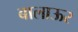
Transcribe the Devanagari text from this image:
बालाऊर